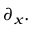
\partial _ { x } .